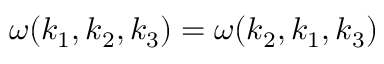
\omega ( k _ { 1 } , k _ { 2 } , k _ { 3 } ) = \omega ( k _ { 2 } , k _ { 1 } , k _ { 3 } )